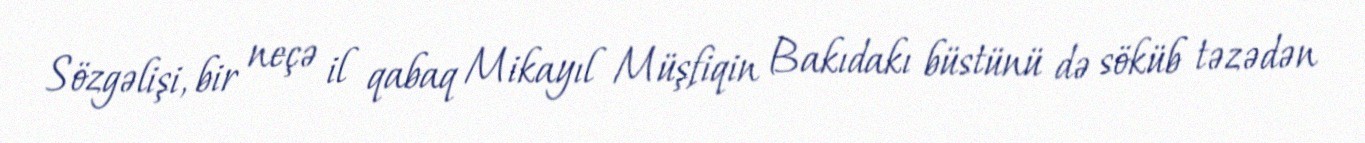
Sözgəlişi, bir neçə il qabaq Mikayıl Müşfiqin Bakıdakı büstünü də söküb təzədən